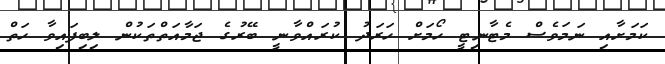
ކަމަށާއި ނަމަވެސް މެޓާނިޓީ ހޯމަށް ހަރަދު ކުރައްވާނީ ބޭރުގެ ޖަމާއަތްތަކުން ލިބިފައިވާ ހަތް